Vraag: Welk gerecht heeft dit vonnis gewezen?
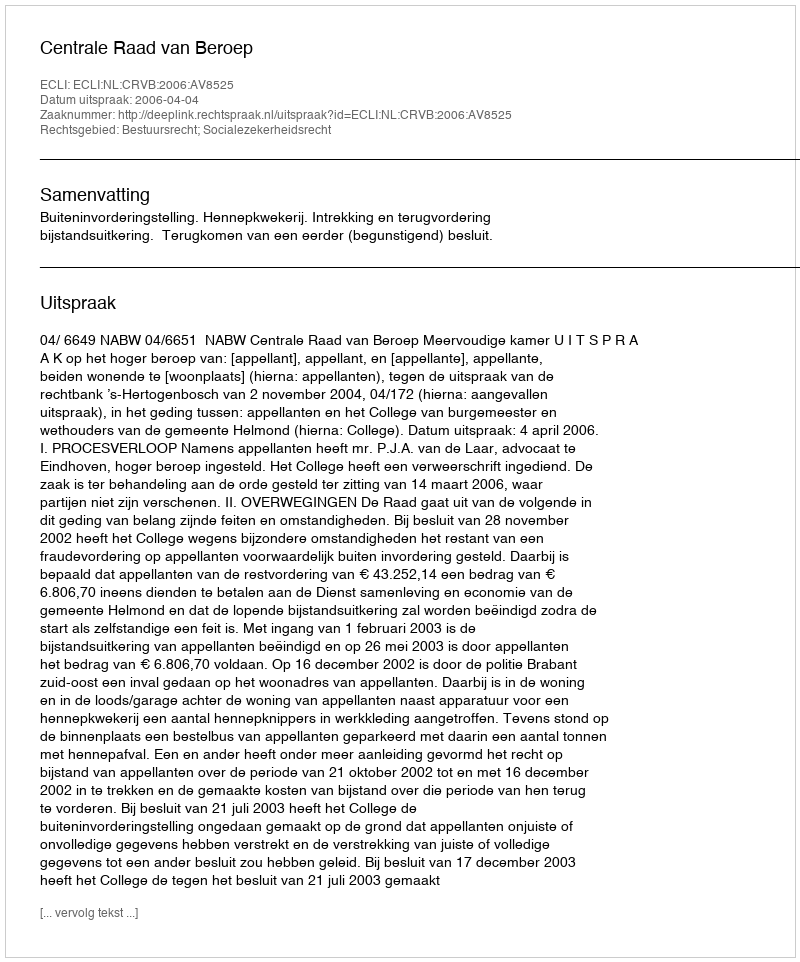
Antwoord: Centrale Raad van Beroep